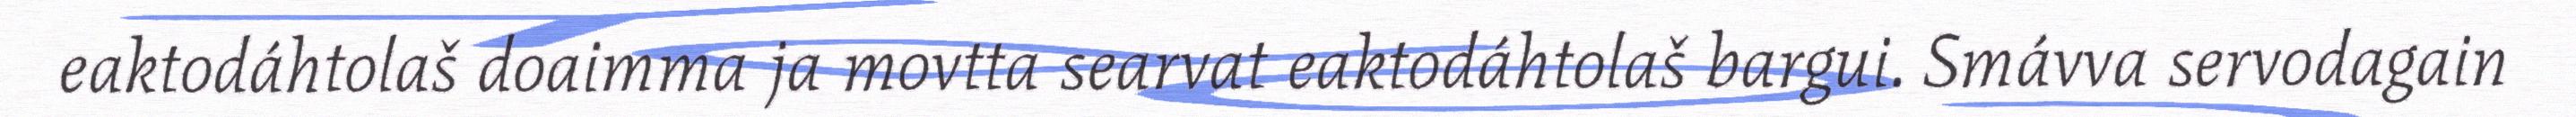
eaktodáhtolaš doaimma ja movtta searvat eaktodáhtolaš bargui. Smávva servodagain